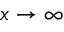
x \rightarrow \infty